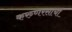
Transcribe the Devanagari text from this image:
करुणरसाचा